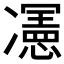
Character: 𭂦